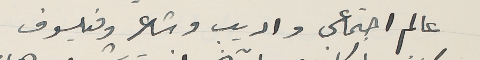
عالم اجتماعى واديب وشاعر وفيلسوف